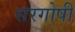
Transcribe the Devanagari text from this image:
सरगोषी